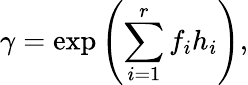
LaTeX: \gamma=\exp\left(\sum_{i=1}^{r}f_{i}h_{i}\right),